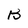
Character: B